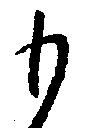
も